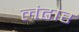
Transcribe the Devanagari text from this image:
लंढौर